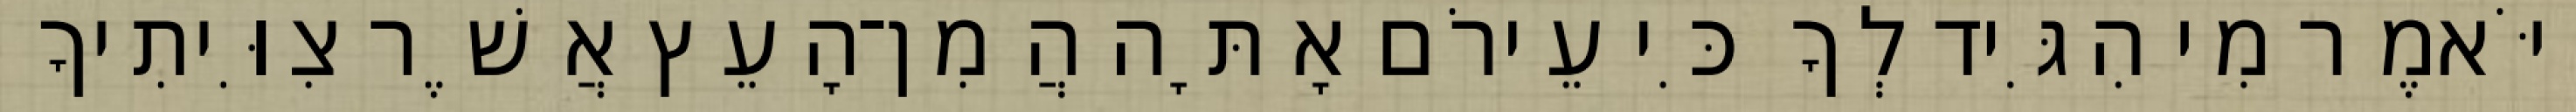
וַיֹּאמֶר מִי הִגִּיד לְךָ כִּי עֵירֹם אָתָּה הֲמִן־הָעֵץ אֲשֶׁר צִוִּיתִיךָ